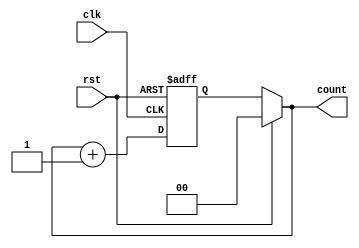
module binary_counter_latch(
    input clk,
    input rst,
    output reg [1:0] count
);

reg [1:0] next_count;

always @(posedge clk or posedge rst) begin
    if (rst) begin
        next_count <= 2'b00;
    end else begin
        next_count <= count + 1;
    end
end

always @* begin
    if (rst) begin
        count <= 2'b00;
    end else begin
        count <= next_count;
    end
end

endmodule